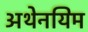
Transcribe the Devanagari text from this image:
अथेनयिम